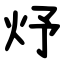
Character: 㶦